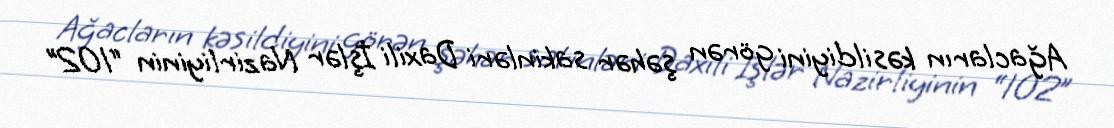
Ağacların kəsildiyini görən şəhər sakinləri Daxili İşlər Nazirliyinin “102”